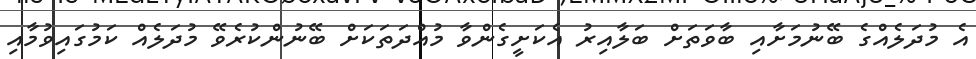
އެ މުދަލެއްގެ ބޭނުމަށާއި ބާވަތަށް ބަލާއިރު އެކަށީގެންވާ މުއްދަތަކަށް ބޭނުންކުރެވޭ މުދަލެއް ކަމުގައިވުމާއި